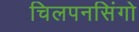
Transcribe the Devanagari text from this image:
चिलपनसिंगो